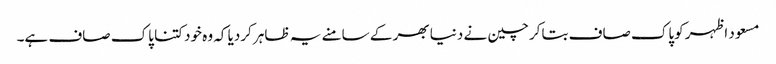
مسعود اظہر کوپاک صاف بتاکر چین نے دنیا بھر کے سامنے یہ ظاہر کردیا کہ وہ خود کتنا پاک صاف ہے۔